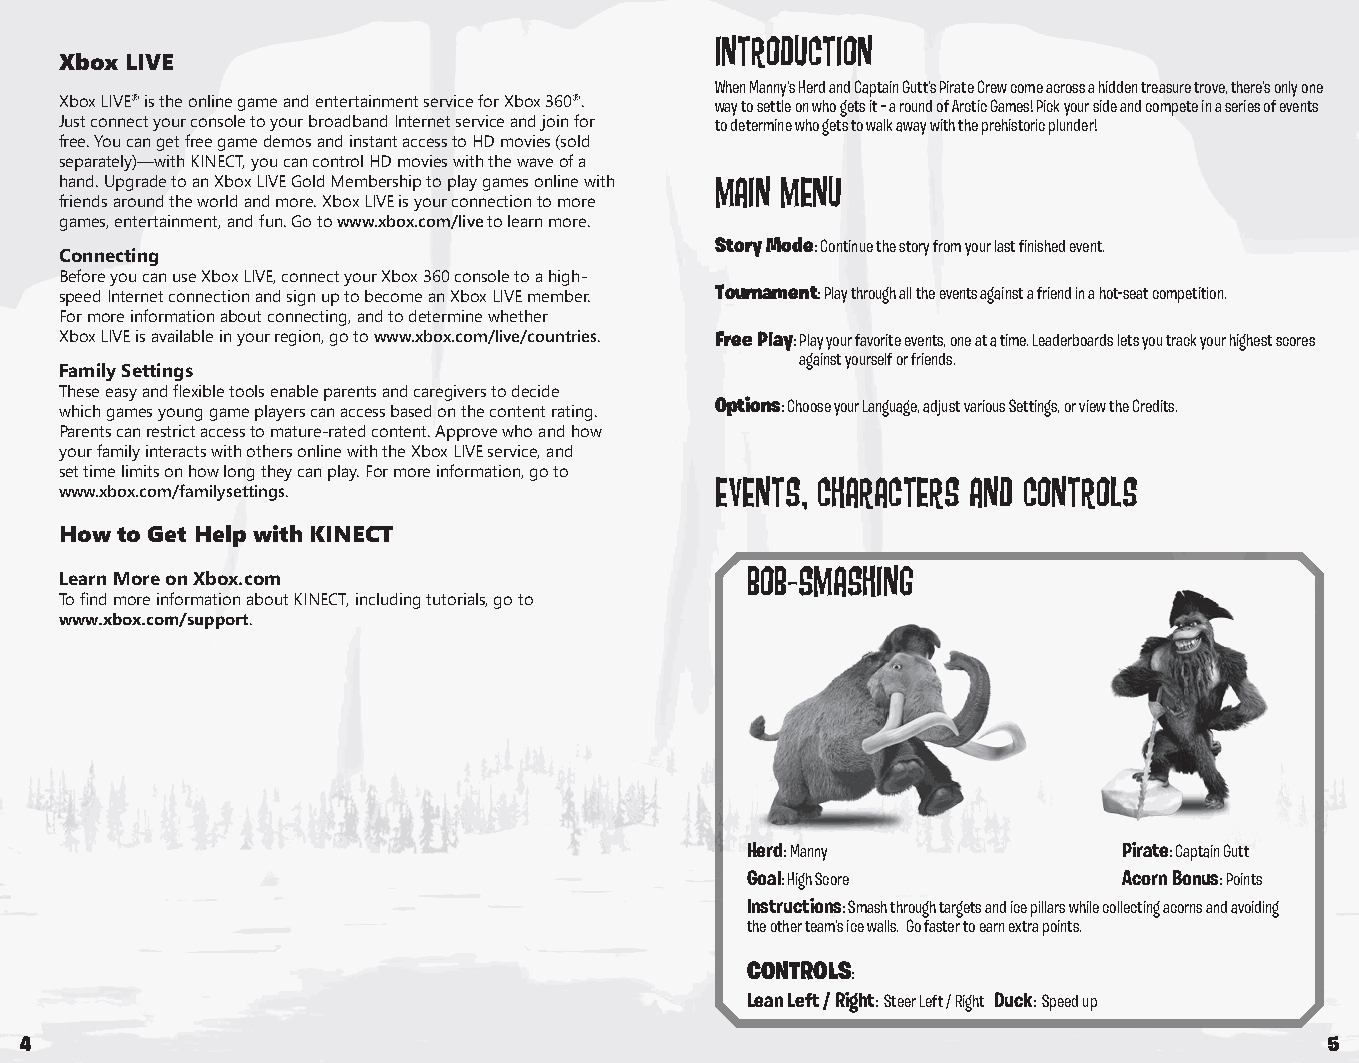
InTrodUCTIon
 Xbox LIVE
 When Manny’s Herd and Captain Gutt’s Pirate Crew come across a hidden treasure trove, there’s only one
 Xbox LIVE® is the online game and entertainment service for Xbox 360®. way to settle on who gets it – a round of Arctic Games! Pick your side and compete in a series of events
 Just connect your console to your broadband Internet service and join for to determine who gets to walk away with the prehistoric plunder!
 free. You can get free game demos and instant access to HD movies (sold
 separately)—with KINECT, you can control HD movies with the wave of a
 hand. Upgrade to an Xbox LIVE Gold Membership to play games online with maIn menU
 friends around the world and more. Xbox LIVE is your connection to more
 games, entertainment, and fun. Go to www.xbox.com/live to learn more.
 story Mode: Continue the story from your last finished event.
 Connecting
 Before you can use Xbox LIVE, connect your Xbox 360 console to a high-
 speed Internet connection and sign up to become an Xbox LIVE member. tournament: Play through all the events against a friend in a hot-seat competition.
 For more information about connecting, and to determine whether
 Xbox LIVE is available in your region, go to www.xbox.com/live/countries. Free Play: Play your favorite events, one at a time. Leaderboards lets you track your highest scores
 against yourself or friends.
 Family Settings
 These easy and flexible tools enable parents and caregivers to decide
 which games young game players can access based on the content rating. options: Choose your Language, adjust various Settings, or view the Credits.
 Parents can restrict access to mature-rated content. Approve who and how
 your family interacts with others online with the Xbox LIVE service, and
 set time limits on how long they can play. For more information, go to
 evenTs, CharaCTers and ConTroLs
 www.xbox.com/familysettings.
 How to Get Help with KINECT
 BoB-smashInG
 Learn More on Xbox.com
 To find more information about KINECT, including tutorials, go to
 www.xbox.com/support.
 Herd: Manny              Pirate: Captain Gutt
 Goal: High Score         Acorn Bonus: Points
 Instructions: Smash through targets and ice pillars while collecting acorns and avoiding
 the other team’s ice walls. Go faster to earn extra points.
 ContRols:
 Lean Left / Right: Steer Left / Right Duck: Speed up
 4                                                                                      5